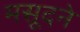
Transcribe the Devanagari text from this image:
मसूदने